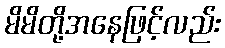
မိမိတို့အနေဖြင့်လည်း